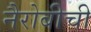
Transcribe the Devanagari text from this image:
नैरोबीची